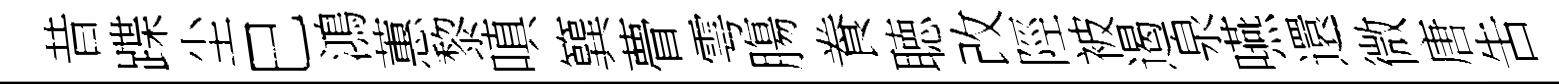
昔蹀尘巳鴻蕙黎嗔簨瞢雩膓飬聴改陘被遏泉嚥還微唐吿